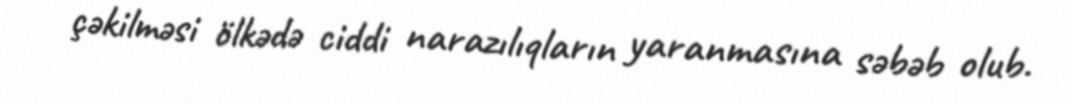
çəkilməsi ölkədə ciddi narazılıqların yaranmasına səbəb olub.